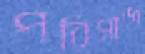
পরিসাজ